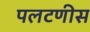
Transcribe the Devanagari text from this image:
पलटणीस